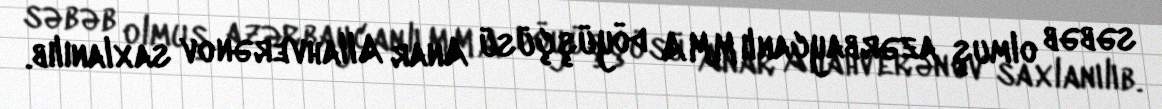
səbəb olmuş azərbaycanlı MMA döyüşçüsü Anar Allahverənov saxlanılıb.